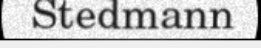
Stedmann